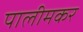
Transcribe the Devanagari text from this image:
पालीमकर